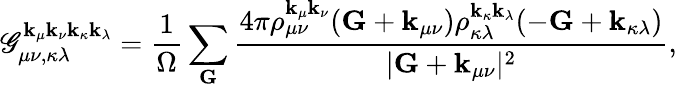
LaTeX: \mathscr{G}_{\mu\nu,\kappa\lambda}^{\mathbf{{k}}_{\mu}\mathbf{{k}}_{\nu}\mathbf{{k}}_{\kappa}\mathbf{{k}}_{\lambda}}=\frac{{1}}{{\Omega}}\sum_{\mathbf{{G}}}\frac{{4\pi\rho_{\mu\nu}^{\mathbf{{k}}_{\mu}\mathbf{{k}}_{\nu}}(\mathbf{{G}}+\mathbf{{k}}_{\mu\nu})\rho_{\kappa\lambda}^{\mathbf{{k}}_{\kappa}\mathbf{{k}}_{\lambda}}(-\mathbf{{G}}+\mathbf{{k}}_{\kappa\lambda})}}{{|\mathbf{{G}}+\mathbf{{k}}_{\mu\nu}|^{2}}},